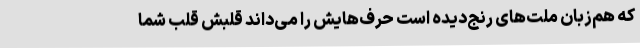
که هم‌زبان ملت‌های رنج‌دیده است حرف‌هایش را می‌داند قلبش قلب شما